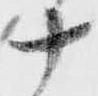
十